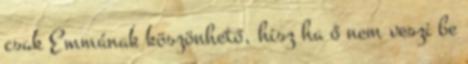
csak Emmának köszönhető, hisz ha ő nem veszi be